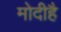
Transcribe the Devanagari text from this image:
मोदीहै